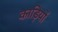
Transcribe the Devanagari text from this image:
काड़ियों